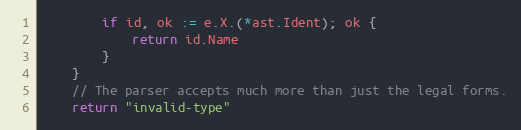
Language: Go
		if id, ok := e.X.(*ast.Ident); ok {
			return id.Name
		}
	}
	// The parser accepts much more than just the legal forms.
	return "invalid-type"